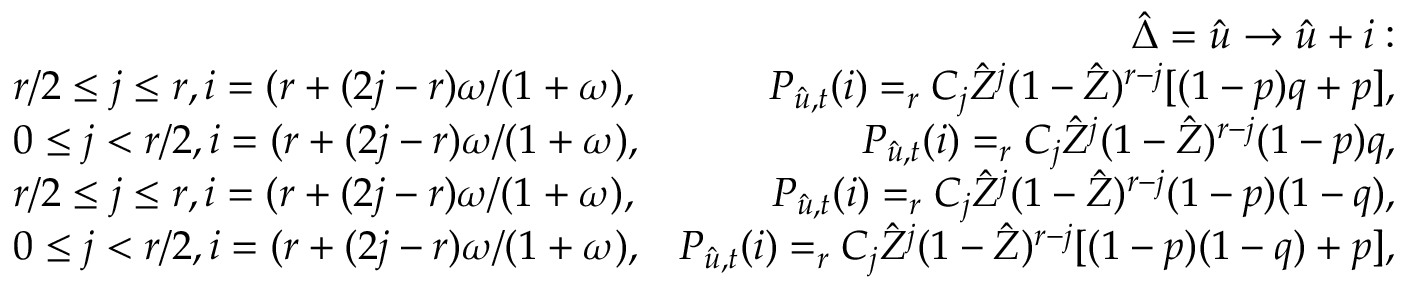
\begin{array} { r l r } & { } & { \hat { \Delta } = \hat { u } \rightarrow \hat { u } + i : } \\ & { r / 2 \leq j \leq r , i = ( r + ( 2 j - r ) \omega / ( 1 + \omega ) , } & { P _ { \hat { u } , t } ( i ) = _ { r } C _ { j } \hat { Z } ^ { j } ( 1 - \hat { Z } ) ^ { r - j } [ ( 1 - p ) q + p ] , } \\ & { 0 \leq j < r / 2 , i = ( r + ( 2 j - r ) \omega / ( 1 + \omega ) , } & { P _ { \hat { u } , t } ( i ) = _ { r } C _ { j } \hat { Z } ^ { j } ( 1 - \hat { Z } ) ^ { r - j } ( 1 - p ) q , } \\ & { r / 2 \leq j \leq r , i = ( r + ( 2 j - r ) \omega / ( 1 + \omega ) , } & { P _ { \hat { u } , t } ( i ) = _ { r } C _ { j } \hat { Z } ^ { j } ( 1 - \hat { Z } ) ^ { r - j } ( 1 - p ) ( 1 - q ) , } \\ & { 0 \leq j < r / 2 , i = ( r + ( 2 j - r ) \omega / ( 1 + \omega ) , } & { P _ { \hat { u } , t } ( i ) = _ { r } C _ { j } \hat { Z } ^ { j } ( 1 - \hat { Z } ) ^ { r - j } [ ( 1 - p ) ( 1 - q ) + p ] , } \end{array}